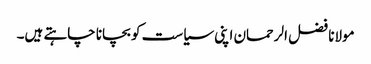
مولانا فضل الرحمان اپنی سیاست کو بچانا چاہتے ہیں۔